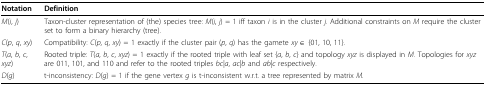
<table><thead><tr><td><b>Notation</b></td><td><b>Definition</b></td></tr></thead><tbody><tr><td><i>M</i>(<i>i</i>, <i>j</i>)</td><td>Taxon-cluster representation of (the) species tree: <i>M</i>(<i>i</i>, <i>j</i>) = 1 iff taxon <i>i</i> is in the cluster <i>j.</i> Additional constraints on <i>M</i> require the cluster set to form a binary hierarchy (tree).</td></tr><tr><td><i>C</i>(<i>p</i>, <i>q</i>, <i>xy</i>)</td><td>Compatibility: <i>C</i>(<i>p</i>, <i>q</i>, <i>xy</i>) = 1 exactly if the cluster pair (<i>p</i>, <i>q</i>) has the gamete <i>xy</i> ∈ {01, 10, 11}.</td></tr><tr><td><i>T</i>(<i>a</i>, <i>b</i>, <i>c</i>, <i>xyz</i>)</td><td>Rooted triple: <i>T</i>(<i>a</i>, <i>b</i>, <i>c</i>, <i>xyz</i>) = 1 exactly if the rooted triple with leaf set {<i>a</i>, <i>b</i>, <i>c</i>} and topology <i>xyz</i> is displayed in <i>M.</i> Topologies for <i>xyz</i> are 011, 101, and 110 and refer to the rooted triples <i>bc|a</i>, <i>ac|b</i> and <i>ab|c</i> respectively.</td></tr><tr><td><i>D</i>(<i>g</i>)</td><td>t-inconsistency: <i>D</i>(<i>g</i>) = 1 if the gene vertex <i>g</i> is t-inconsistent w.r.t. a tree represented by matrix <i>M.</i></td></tr></tbody></table>